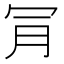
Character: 𣍟